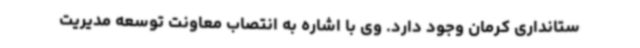
ستانداری کرمان وجود دارد. وی با اشاره به انتصاب معاونت توسعه مدیریت